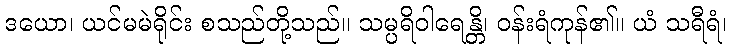
ဒယော၊ ယင်မမဲရိုင်း စသည်တို့သည်။ သမ္ပရိဝါရေန္တိ၊ ဝန်းရံကုန်၏။ ယံ သရီရံ၊